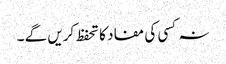
نہ کسی کی مفاد کا تحفظ کریں گے ۔